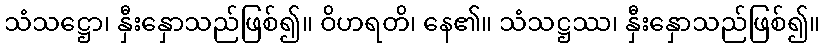
သံသဋ္ဌော၊ နှီးနှောသည်ဖြစ်၍။ ဝိဟရတိ၊ နေ၏။ သံသဋ္ဌဿ၊ နှီးနှောသည်ဖြစ်၍။